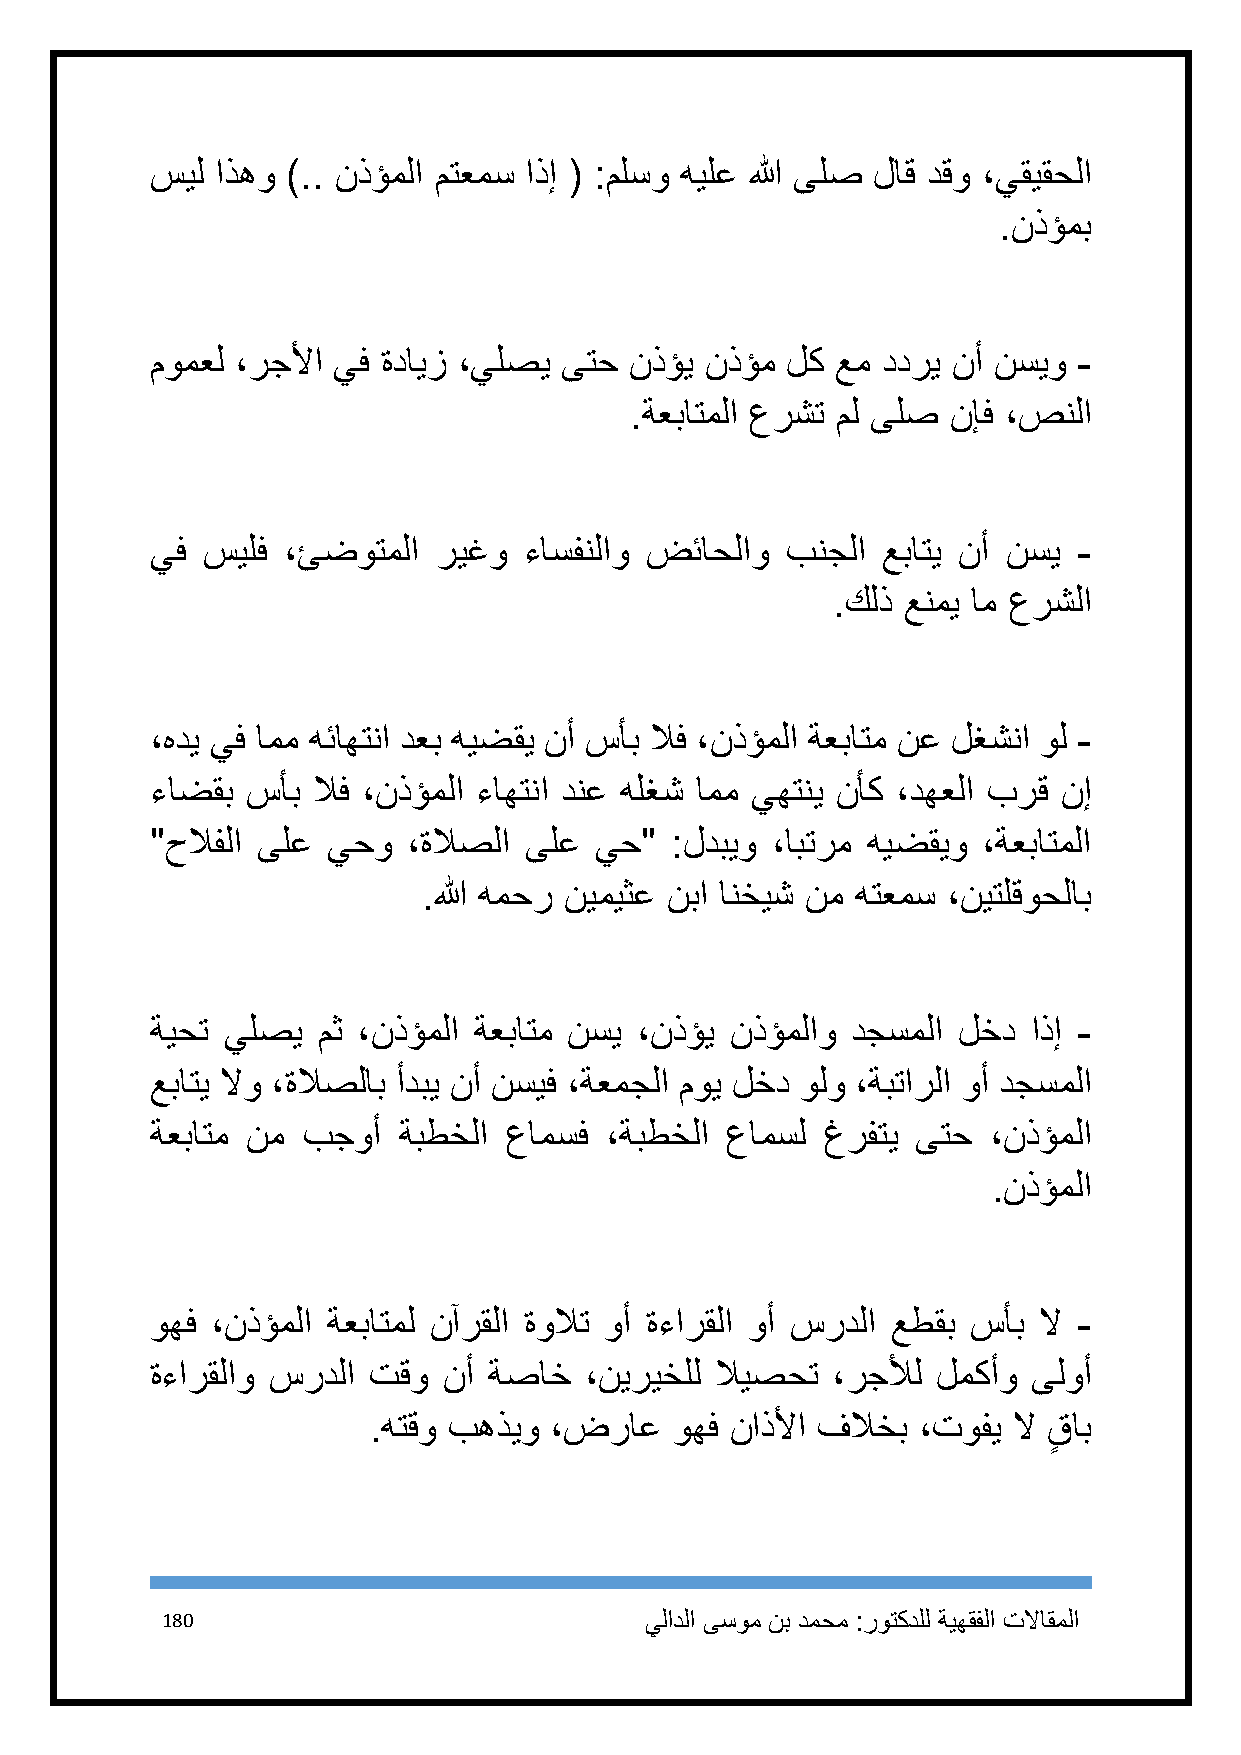
سيل اذهو ).. نذؤملا متعمس اذإ ( :ملسو هيلع الله ىلص لاق دقو ،يقيقحلا
 .نذؤمب
 مومعل ،رجلأا يف ةدايز ،يلصي ىتح نذؤي نذؤم لك عم ددري نأ نسيو -
 .ةعباتملا عرشت مل ىلص نإف ،صنلا
 يف سيلف  ،ئضوتملا  ريغو  ءاسفنلاو ضئاحلاو بنجلا عباتي نأ نسي -
 .كلذ عنمي ام عرشلا
 ،هدي يف امم هئاهتنا دعب هيضقي نأ سأب لاف ،نذؤملا ةعباتم نع لغشنا ول -
 ءاضقب سأب  لاف ،نذؤملا ءاهتنا دنع هلغش امم يهتني نأك ،دهعلا برق نإ
 "حلافلا ىلع يحو  ،ةلاصلا ىلع يح"  :لدبيو ،ابترم هيضقيو ،ةعباتملا
 .الله همحر نيميثع نبا انخيش نم هتعمس ،نيتلقوحلاب
 ةيحت يلصي  مث ،نذؤملا ةعباتم نسي ،نذؤي نذؤملاو دجسملا لخد اذإ -
 عباتي لاو ،ةلاصلاب أدبي نأ نسيف ،ةعمجلا موي لخد ولو ،ةبتارلا وأ دجسملا
 ةعباتم نم بجوأ  ةبطخلا عامسف  ،ةبطخلا عامسل غرفتي  ىتح  ،نذؤملا
 .نذؤملا
 وهف ،نذؤملا ةعباتمل نآرقلا ةولات وأ ةءارقلا وأ سردلا عطقب سأب لا -
 ةءارقلاو سردلا تقو نأ ةصاخ   ،نيريخلل لايصحت ،رجلأل لمكأو ىلوأ
 .هتقو بهذيو ،ضراع   وهف ناذلأا فلاخب ،توفي لا قٍ اب
 181                             يلادلا ىسوم نب دمحم :روتكدلل ةيهقفلا تلااقملا